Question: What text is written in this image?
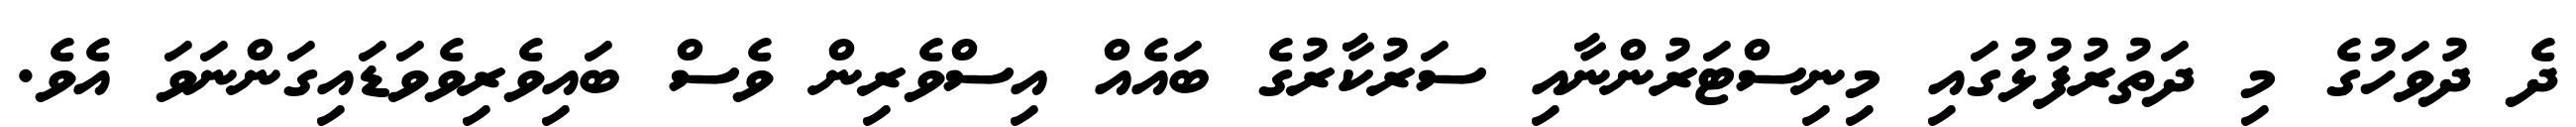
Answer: ދެ ދުވަހުގެ މި ދަތުރުފުޅުގައި މިނިސްޓަރުންނާއި ސަރުކާރުގެ ބައެއް އިސްވެރިން ވެސް ބައިވެރިވެވަޑައިގަންނަވަ އެވެ.